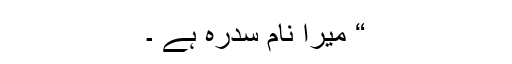
“ میرا نام سدرہ ہے ۔